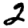
Digit: 2